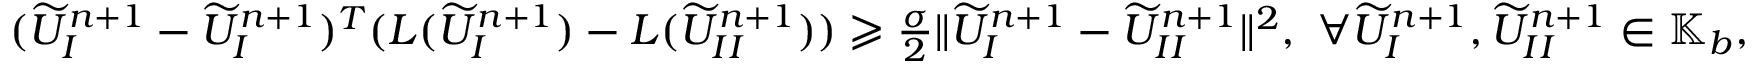
\begin{array} { r l } & { ( \widetilde { U } _ { I } ^ { n + 1 } - \widetilde { U } _ { I } ^ { n + 1 } ) ^ { T } ( L ( \widetilde { U } _ { I } ^ { n + 1 } ) - L ( \widetilde { U } _ { I I } ^ { n + 1 } ) ) \geqslant \frac { \sigma } 2 \| \widetilde { U } _ { I } ^ { n + 1 } - \widetilde { U } _ { I I } ^ { n + 1 } \| ^ { 2 } , \ \forall \widetilde { U } _ { I } ^ { n + 1 } , \widetilde { U } _ { I I } ^ { n + 1 } \in \mathbb { K } _ { b } , } \end{array}